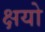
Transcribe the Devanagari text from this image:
क्षयो